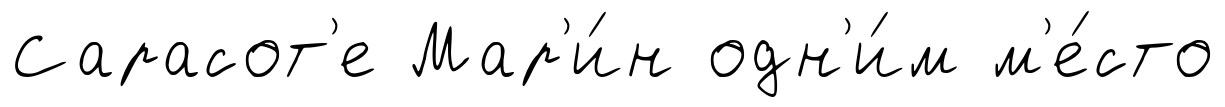
Сарасот'е Мар'и́н одн'и́м м'е́сто